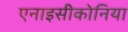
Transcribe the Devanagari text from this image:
एनाइसीकोनिया